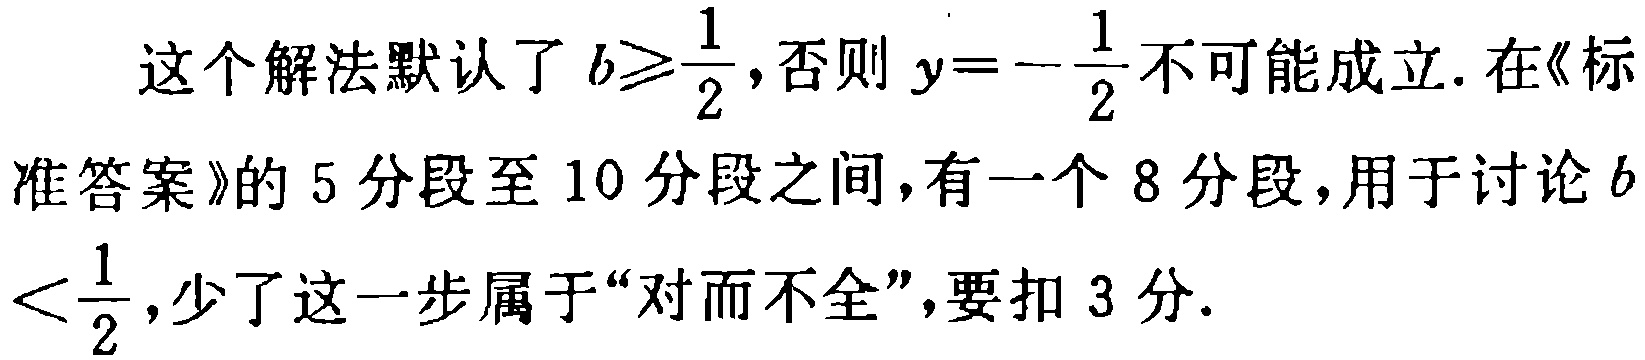
这个解法默认了 \(b\geqslant\frac{1}{2}\),否则 \(y = -\frac{1}{2}\)不可能成立. 在《标准答案》的 5 分段至 10 分段之间,有一个 8 分段,用于讨论 \(b <\frac{1}{2}\),少了这一步属于“对而不全”,要扣 3 分.